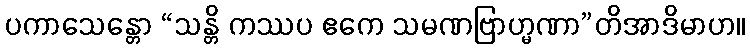
ပကာသေန္တော “သန္တိ ကဿပ ဧကေ သမဏဗြာဟ္မဏာ”တိအာဒိမာဟ။